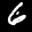
Label: 6